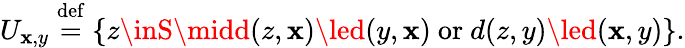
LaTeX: U_{\mathbf{x},y}\stackrel{\mathrm{{def}}}{=}\{ z\inS\midd(z,\mathbf{x})\led(y,\mathbf{x})~\mathrm{{or}}~d(z,y)\led(\mathbf{x},y)\} .